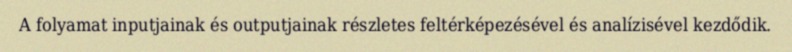
A folyamat inputjainak és outputjainak részletes feltérképezésével és analízisével kezdődik.